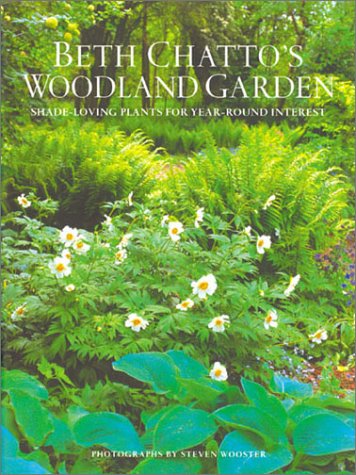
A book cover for Beth Chatto's Woodland Garden: Shade-Loving Plants for Year-Round Interest; Beth Chatto; Crafts, Hobbies & Home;